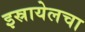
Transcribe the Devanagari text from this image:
इस्रायेलचा